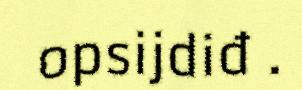
opsijdiđ .